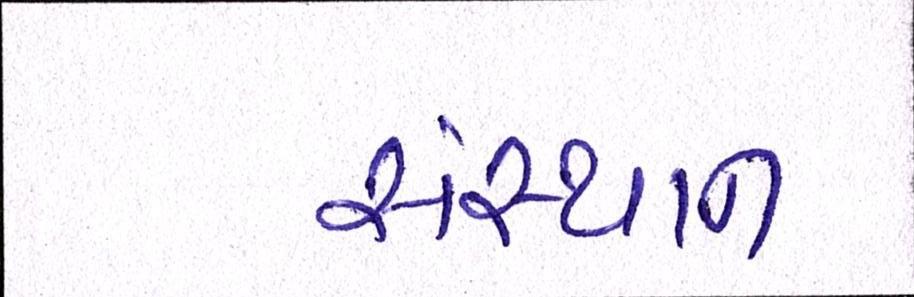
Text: સંસ્થાન